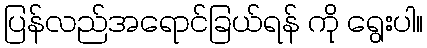
ပြန်လည်အရောင်ခြယ်ရန် ကို ရွေးပါ။